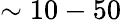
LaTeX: \sim 10-50